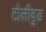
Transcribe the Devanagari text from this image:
टोलीवुड